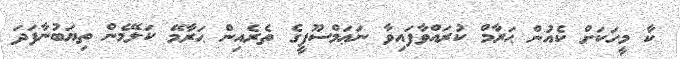
ކާ މީހަކަށް ކެއުން ޙަރާމް ކުރައްވާފައިވާ ނަޢަމްސޫފީގެ ތެރެއިން ޙަރާމޭ ކަލޭމެން ތިޔަބުނާފަދަ